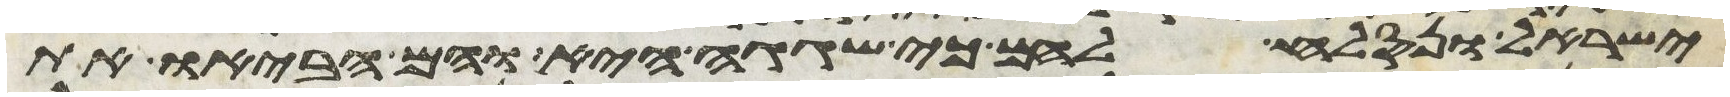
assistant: ישראל ונסלח להם כי שגגה היא והם הביאו את